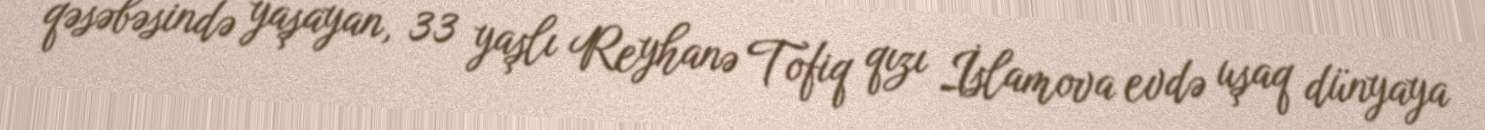
qəsəbəsində yaşayan, 33 yaşlı Reyhanə Tofiq qızı İslamova evdə uşaq dünyaya